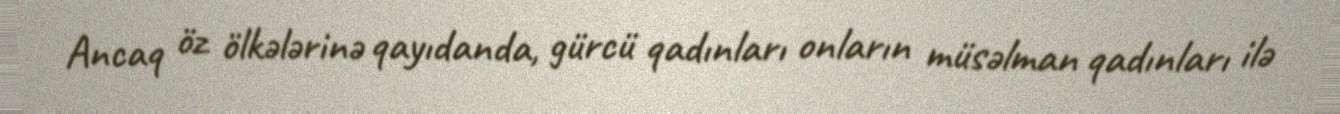
Ancaq öz ölkələrinə qayıdanda, gürcü qadınları onların müsəlman qadınları ilə